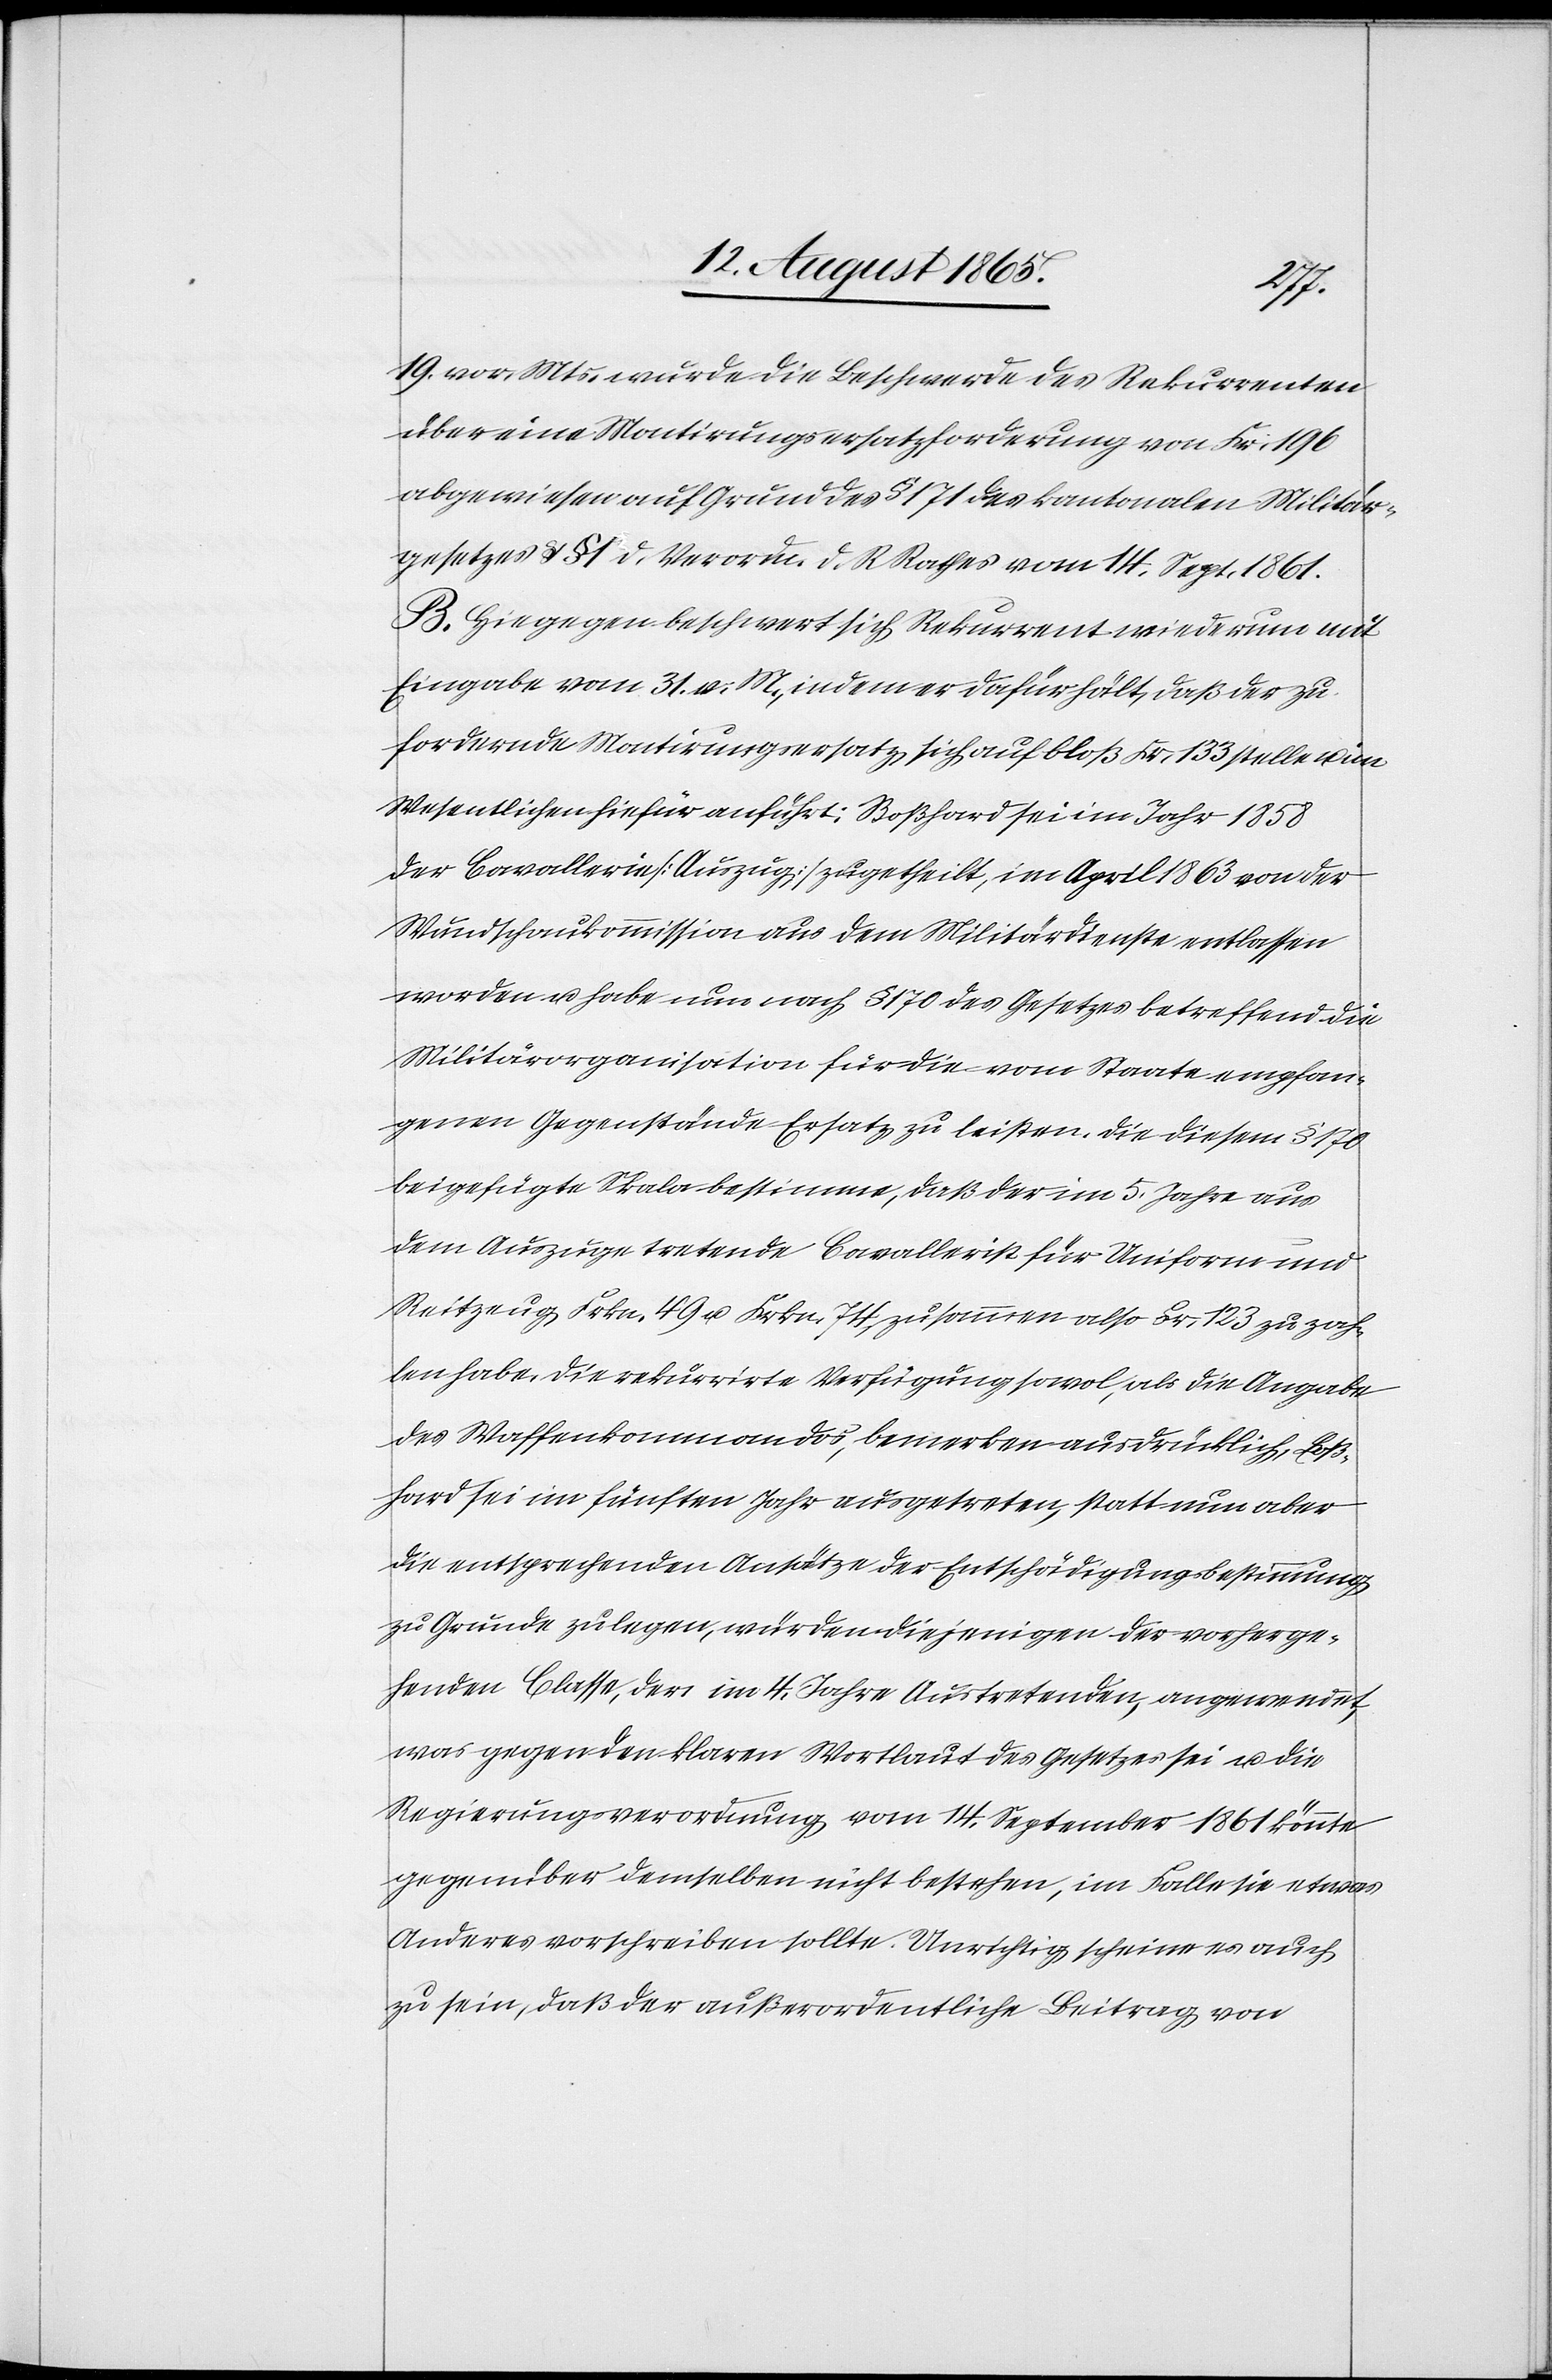
19. vor. Mts. wurde die Beschwerde des Rekurrenten
über eine Montirungsersatzforderung von Fr. 196
abgewiesen auf Grund des § 171 des kantonalen Militär¬
gesetzes u. § 1 d. Verordn. d. R. Rathes vom 14. Sept. 1861.
B. Hiegegen beschwert sich Rekurrent wiederum mit
Eingabe vom 31. v. M., indem er dafürhält, daß der zu
fordernde Montirungsersatz, sich auf bloß Fr. 133 stelle u. im
Wesentlichen hiefür anführt: Boßhard sei im Jahr 1858
der Cavallerie [Auszug] zugetheilt, im April 1863 von der
Wundschaukommission aus dem Militärdienste entlassen
worden u. habe nun nach § 170 des Gesetzes betreffend die
Militärorganisation für die vom Staate empfan¬
genen Gegenstände Ersatz zu leisten. Die diesem § 170
beigefügte Skala bestimme, daß der im 5. Jahre aus
dem Auszuge tretende Cavallerist für Uniform und
Reitzeug Frkn. 49 u. Frkn. 74, zusammen also Fr. 123 zu zah¬
len habe. Die rekurrirte Verfügung sowol, als die Angabe
des Waffenkommandos, bemerken ausdrücklich, Boß¬
hard sei im fünften Jahr ausgetreten, statt nun aber
die entsprechenden Ansätze der Entschädigungsbestimmung
zu Grunde zu legen, würden diejenigen der vorherge¬
henden Classe, der im 4. Jahre Austretenden, angewendet,
was gegen den klaren Wortlaut des Gesetzes sei u. die
Regierungsverordnung vom 14. September 1861 könnte
gegenüber demselben nicht bestehen, im Falle sie etwas
Anderes vorschreiben sollte. Unrichtig scheine es auch
zu sein, daß der außerordentliche Beitrag von